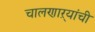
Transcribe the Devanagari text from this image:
चालणाऱ्यांची